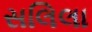
સલિલા